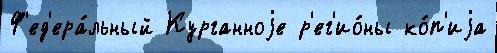
Ф'ед'ера́льный Курганноjе р'ег'ио́ны ко́п'иjа